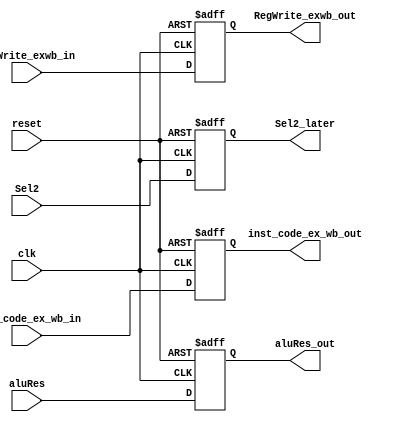
module ex_wb(Sel2, RegWrite_exwb_in,clk,reset, aluRes,inst_code_ex_wb_in,aluRes_out,inst_code_ex_wb_out, RegWrite_exwb_out,Sel2_later);
input clk, reset;
input [7:0] aluRes;// PC_ex_j;
input [7:0]inst_code_ex_wb_in;
input RegWrite_exwb_in, Sel2;
output reg [7:0]inst_code_ex_wb_out;
output reg [7:0]aluRes_out;// PC_j;
output reg RegWrite_exwb_out;
output reg Sel2_later;
//output reg RegWrite, PCsrc;
always@(posedge clk, negedge reset)
begin
	if(reset == 0)
		begin
			inst_code_ex_wb_out <=0;
			aluRes_out <= 0;
			//PC_j <= 0;
			RegWrite_exwb_out <=0;
			Sel2_later <=0;
			//RegWrite <=0;
			//PCsrc <= 1;
		end
	else
		begin
			inst_code_ex_wb_out <= inst_code_ex_wb_in;
			aluRes_out <= aluRes;
			//PC_j <= PC_ex_j;
			RegWrite_exwb_out <= RegWrite_exwb_in;
			Sel2_later <= Sel2;
			/*if(inst_code_ex_wb_in[7:6]!=2'b11)
				begin
				RegWrite <=1;
				PCsrc <= 1;
				end
			else
				begin
				RegWrite <=0;
				PCsrc <= 0;
				end*/
		end

end
endmodule